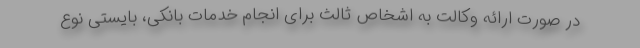
در صورت ارائه وکالت به اشخاص ثالث برای انجام خدمات بانکی، بایستی نوع